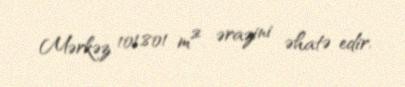
Mərkəz 101,801 m² ərazini əhatə edir.